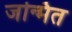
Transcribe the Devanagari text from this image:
जन्मित